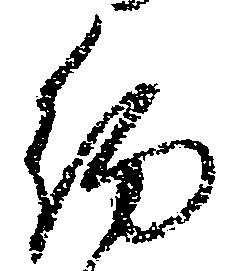
約